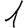
Digit: 1